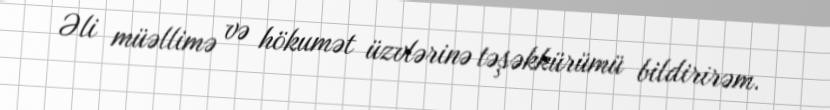
Əli müəllimə və hökumət üzvlərinə təşəkkürümü bildirirəm.